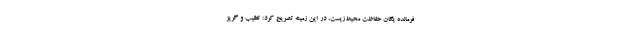
فرمانده یگان حفاظت محیط‌زیست، در این زمینه تصریح کرد: تعقیب و گریز